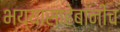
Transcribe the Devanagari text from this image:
भय्यासाहेबांनीच